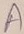
Text: A